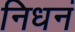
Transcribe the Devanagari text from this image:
निधनं